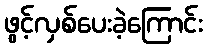
ဖွင့်လှစ်ပေးခဲ့ကြောင်း